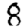
Digit: 8